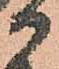
御